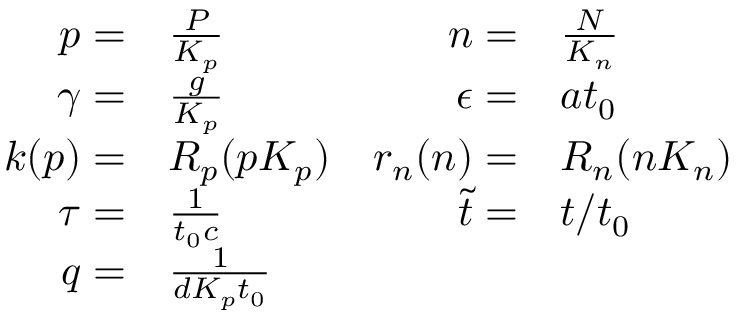
\begin{array} { r l r l } { p = } & { \frac { P } { K _ { p } } } & { n = } & { \frac { N } { K _ { n } } } \\ { \gamma = } & { \frac { g } { K _ { p } } } & { \epsilon = } & { a t _ { 0 } } \\ { k ( p ) = } & { R _ { p } ( p K _ { p } ) } & { r _ { n } ( n ) = } & { R _ { n } ( n K _ { n } ) } \\ { \tau = } & { \frac { 1 } { t _ { 0 } c } } & { \tilde { t } = } & { t / t _ { 0 } } \\ { q = } & { \frac { 1 } { d K _ { p } t _ { 0 } } } \end{array}